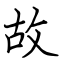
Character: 故